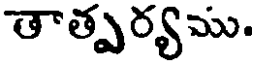
తాత్పర్యము.